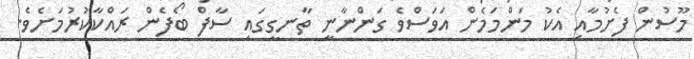
މޫސުން ފެށުމާއި އެކު މަންމަމެން އަވަސްވެ ގަންނާނީ ތާނގީގައި ސާފް ބޯފެން ރައްކާކުރުމަށެވެ.